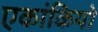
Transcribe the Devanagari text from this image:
एकांकियो